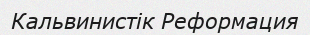
Кальвинистік Реформация